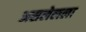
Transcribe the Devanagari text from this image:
असलेलला